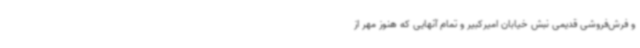
و فرش‌فروشی قدیمی نبش خیابان امیرکبیر و تمام آنهایی که هنوز مهر از